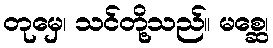
တုမှေ၊ သင်တို့သည်။ မစ္ဆေ၊